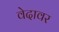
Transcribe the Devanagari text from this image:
वेदावर